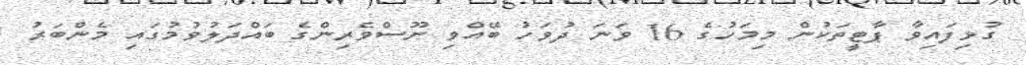
ގުޅިފައިވާ ޕާޓީތަކުން މިމަހުގެ 16 ވަނަ ދުވަހު ބޭއްވި ނޫސްވެރިންގެ ބައްދަލުވުމުގައި މެންބަރު